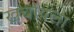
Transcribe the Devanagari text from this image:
खर्चायला